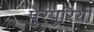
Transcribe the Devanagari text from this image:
पुरपुरिया